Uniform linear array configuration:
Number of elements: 8
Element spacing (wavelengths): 0.25
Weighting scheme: hann
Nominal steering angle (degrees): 30
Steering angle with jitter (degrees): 29.877
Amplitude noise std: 0.05
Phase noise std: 0.05

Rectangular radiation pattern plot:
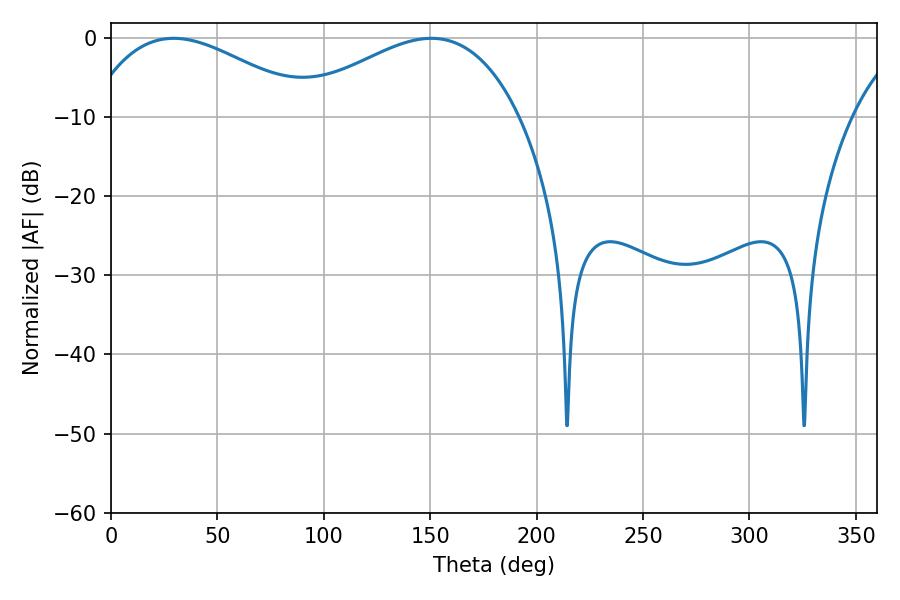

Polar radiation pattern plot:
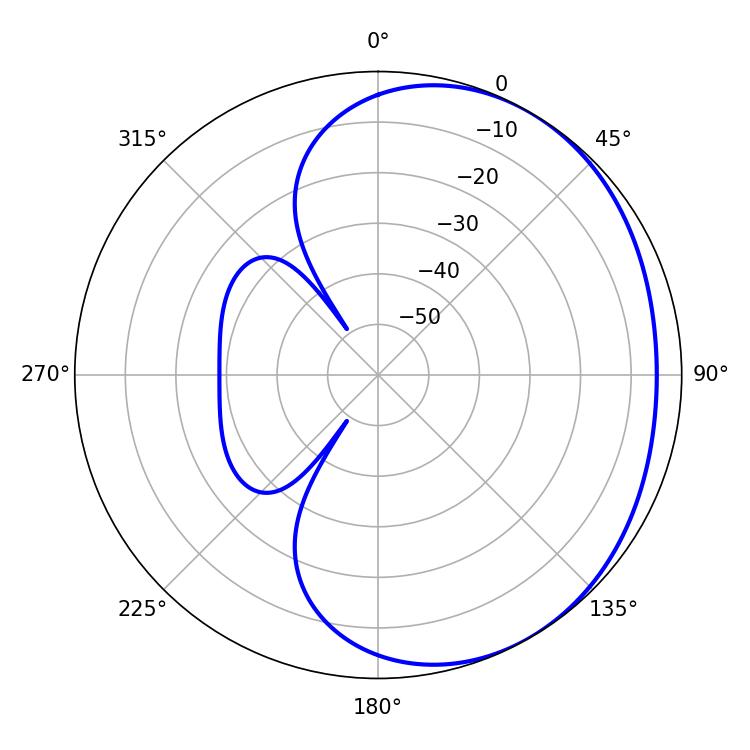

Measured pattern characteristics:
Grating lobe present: FALSE
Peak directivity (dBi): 2.261
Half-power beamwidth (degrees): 58.14
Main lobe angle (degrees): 29.52